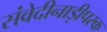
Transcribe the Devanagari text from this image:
संवेदीनाड़ीपरक